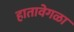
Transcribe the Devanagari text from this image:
हातावेगळा